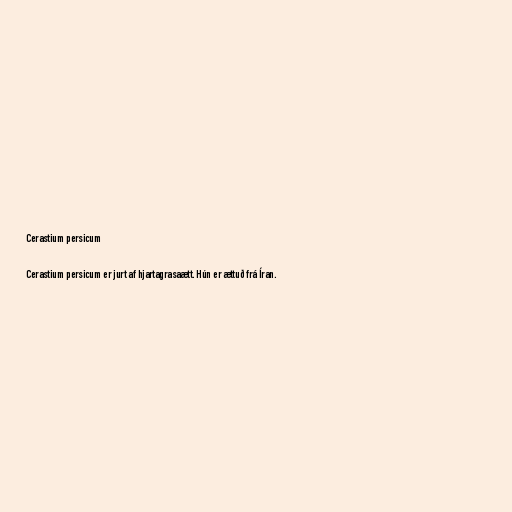
Cerastium persicum

Cerastium persicum er jurt af hjartagrasaætt. Hún er ættuð frá Íran.